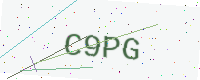
Text: C9PG